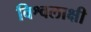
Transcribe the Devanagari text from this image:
विश्वलाक्षी